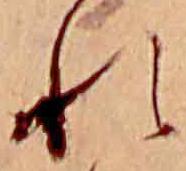
れ